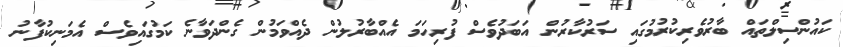
ކައުންސިލްތައް ބާރުވެރިކުރުމުގައި ސަރުކާރުން އަބަދުވެސް ފުރިހަމަ އެއްބާރުލުން ދެއްވަމުން ގެންދަވާނެ ކަމުގައިވެސް އެމަނިކުފާނު